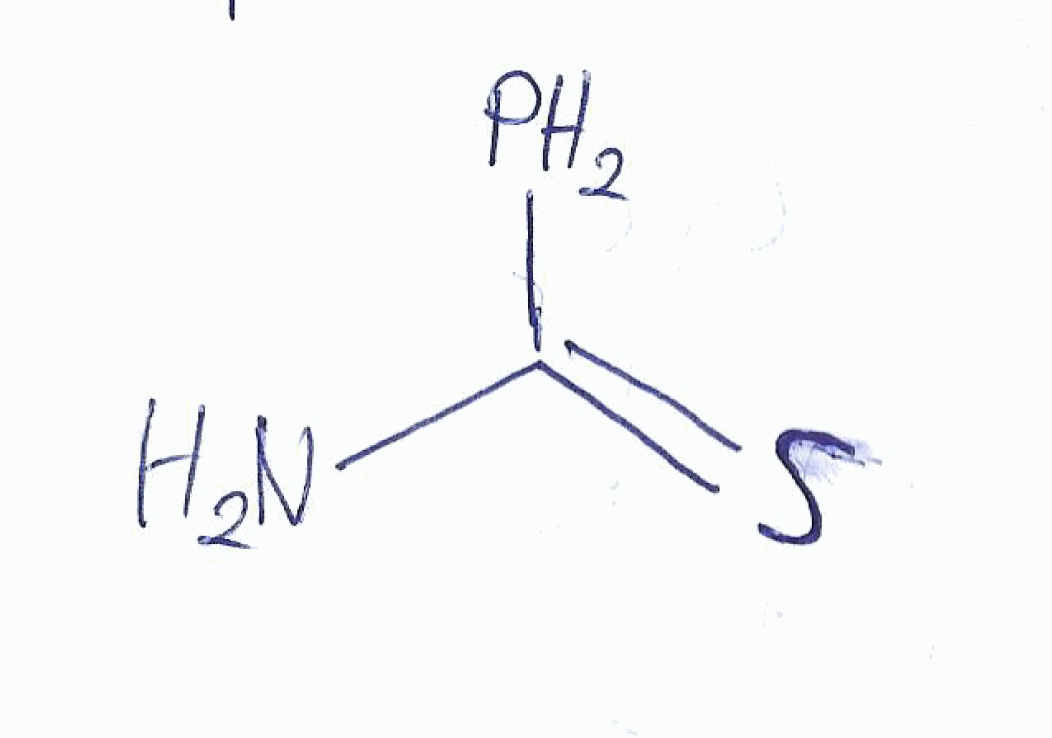
Simplified molecular-input line-entry system (SMILES) notation of the given molecule:
C(=S)(N)P